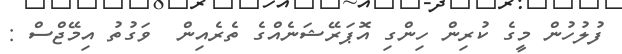
ފުލުހުން މީގެ ކުރިން ހިންގި އޮޕަރޭޝަނެއްގެ ތެރެއިން  ވަގުތު އިމޭޖްސް :